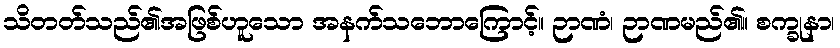
သိတတ်သည်၏အဖြစ်ဟူသော အနက်သဘောကြောင့်။ ဉာဏံ၊ ဉာဏမည်၏။ စက္ခုနာ၊